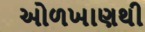
ઓળખાણથી